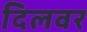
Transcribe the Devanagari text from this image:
दिलवर